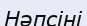
Нәпсіні